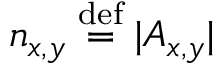
n _ { x , y } \stackrel { \mathrm { d e f } } { = } \lvert A _ { x , y } \rvert